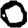
Digit: 0